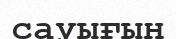
сауығын